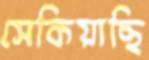
সেকিয়াছি